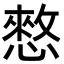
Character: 憗